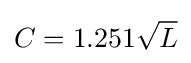
C=1.251{\sqrt {L}}